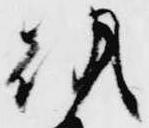
朝